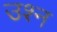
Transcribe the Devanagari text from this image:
उश्न